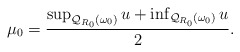
\begin{align*} \begin{aligned} \mu_0=\frac{\sup_{\mathcal{Q}_{R_0}(\omega_0)}u+\inf_{\mathcal{Q}_{R_0}(\omega_0)}u}{2}. \end{aligned} \end{align*}